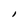
Character: I